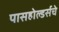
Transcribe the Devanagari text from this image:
पासहोल्डर्सचे